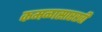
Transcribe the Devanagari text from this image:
कमळासारखी